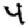
Digit: 4